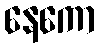
နေကော